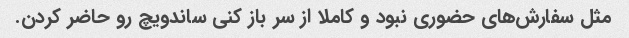
مثل سفارش‌های حضوری نبود و کاملا از سر باز کنی ساندویچ رو حاضر کردن.